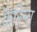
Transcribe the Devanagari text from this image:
कैरिना